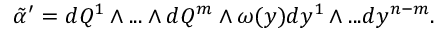
{ \tilde { \alpha } } ^ { \prime } = d Q ^ { 1 } \wedge . . . \wedge d Q ^ { m } \wedge \omega ( y ) d y ^ { 1 } \wedge . . . d y ^ { n - m } .